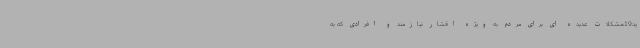
ید19،مشکلات عدیده ای برای مردم به ویژه اقشار نیازمند و افرادی که به